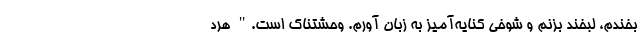
بخندم، لبخند بزنم و شوخی کنایه‌آمیز به زبان آورم. وحشتناک است." هرد